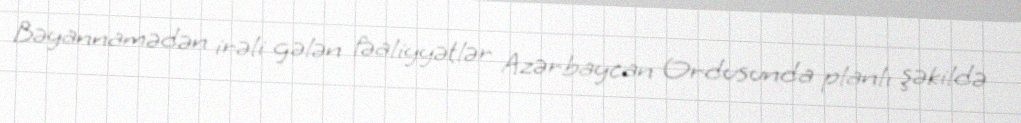
Bəyannamədən irəli gələn fəaliyyətlər Azərbaycan Ordusunda planlı şəkildə